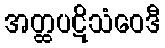
အတ္ထပဋိသံဝေဒီ